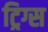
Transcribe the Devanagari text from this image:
ट्रिग्स